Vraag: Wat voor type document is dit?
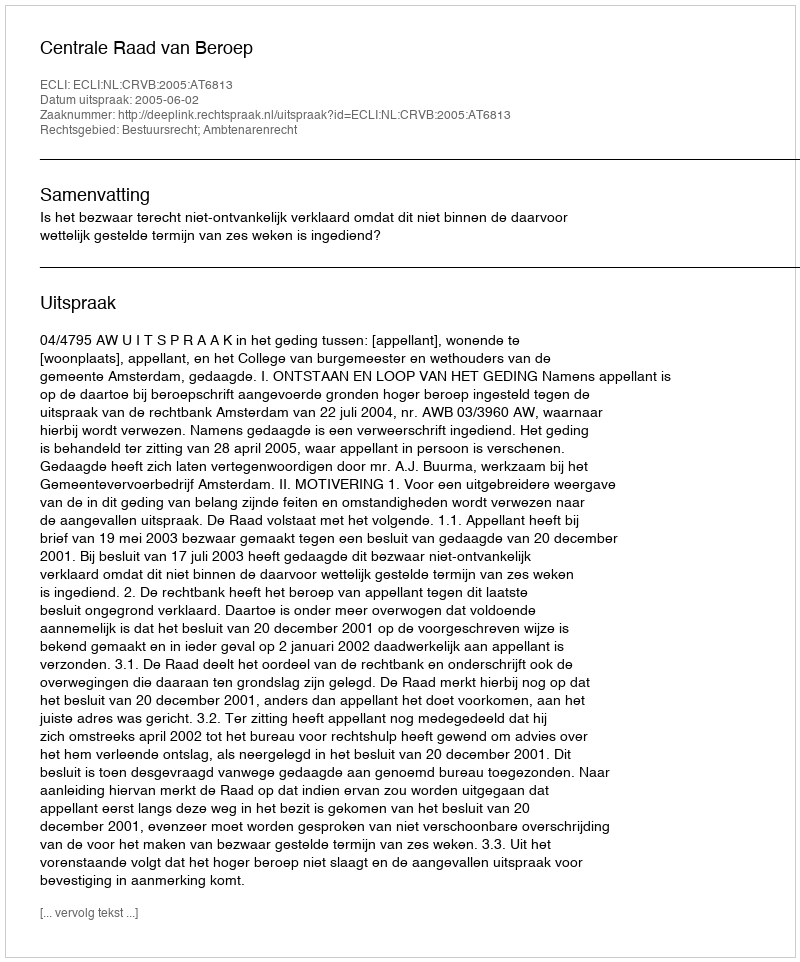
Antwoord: Uitspraak